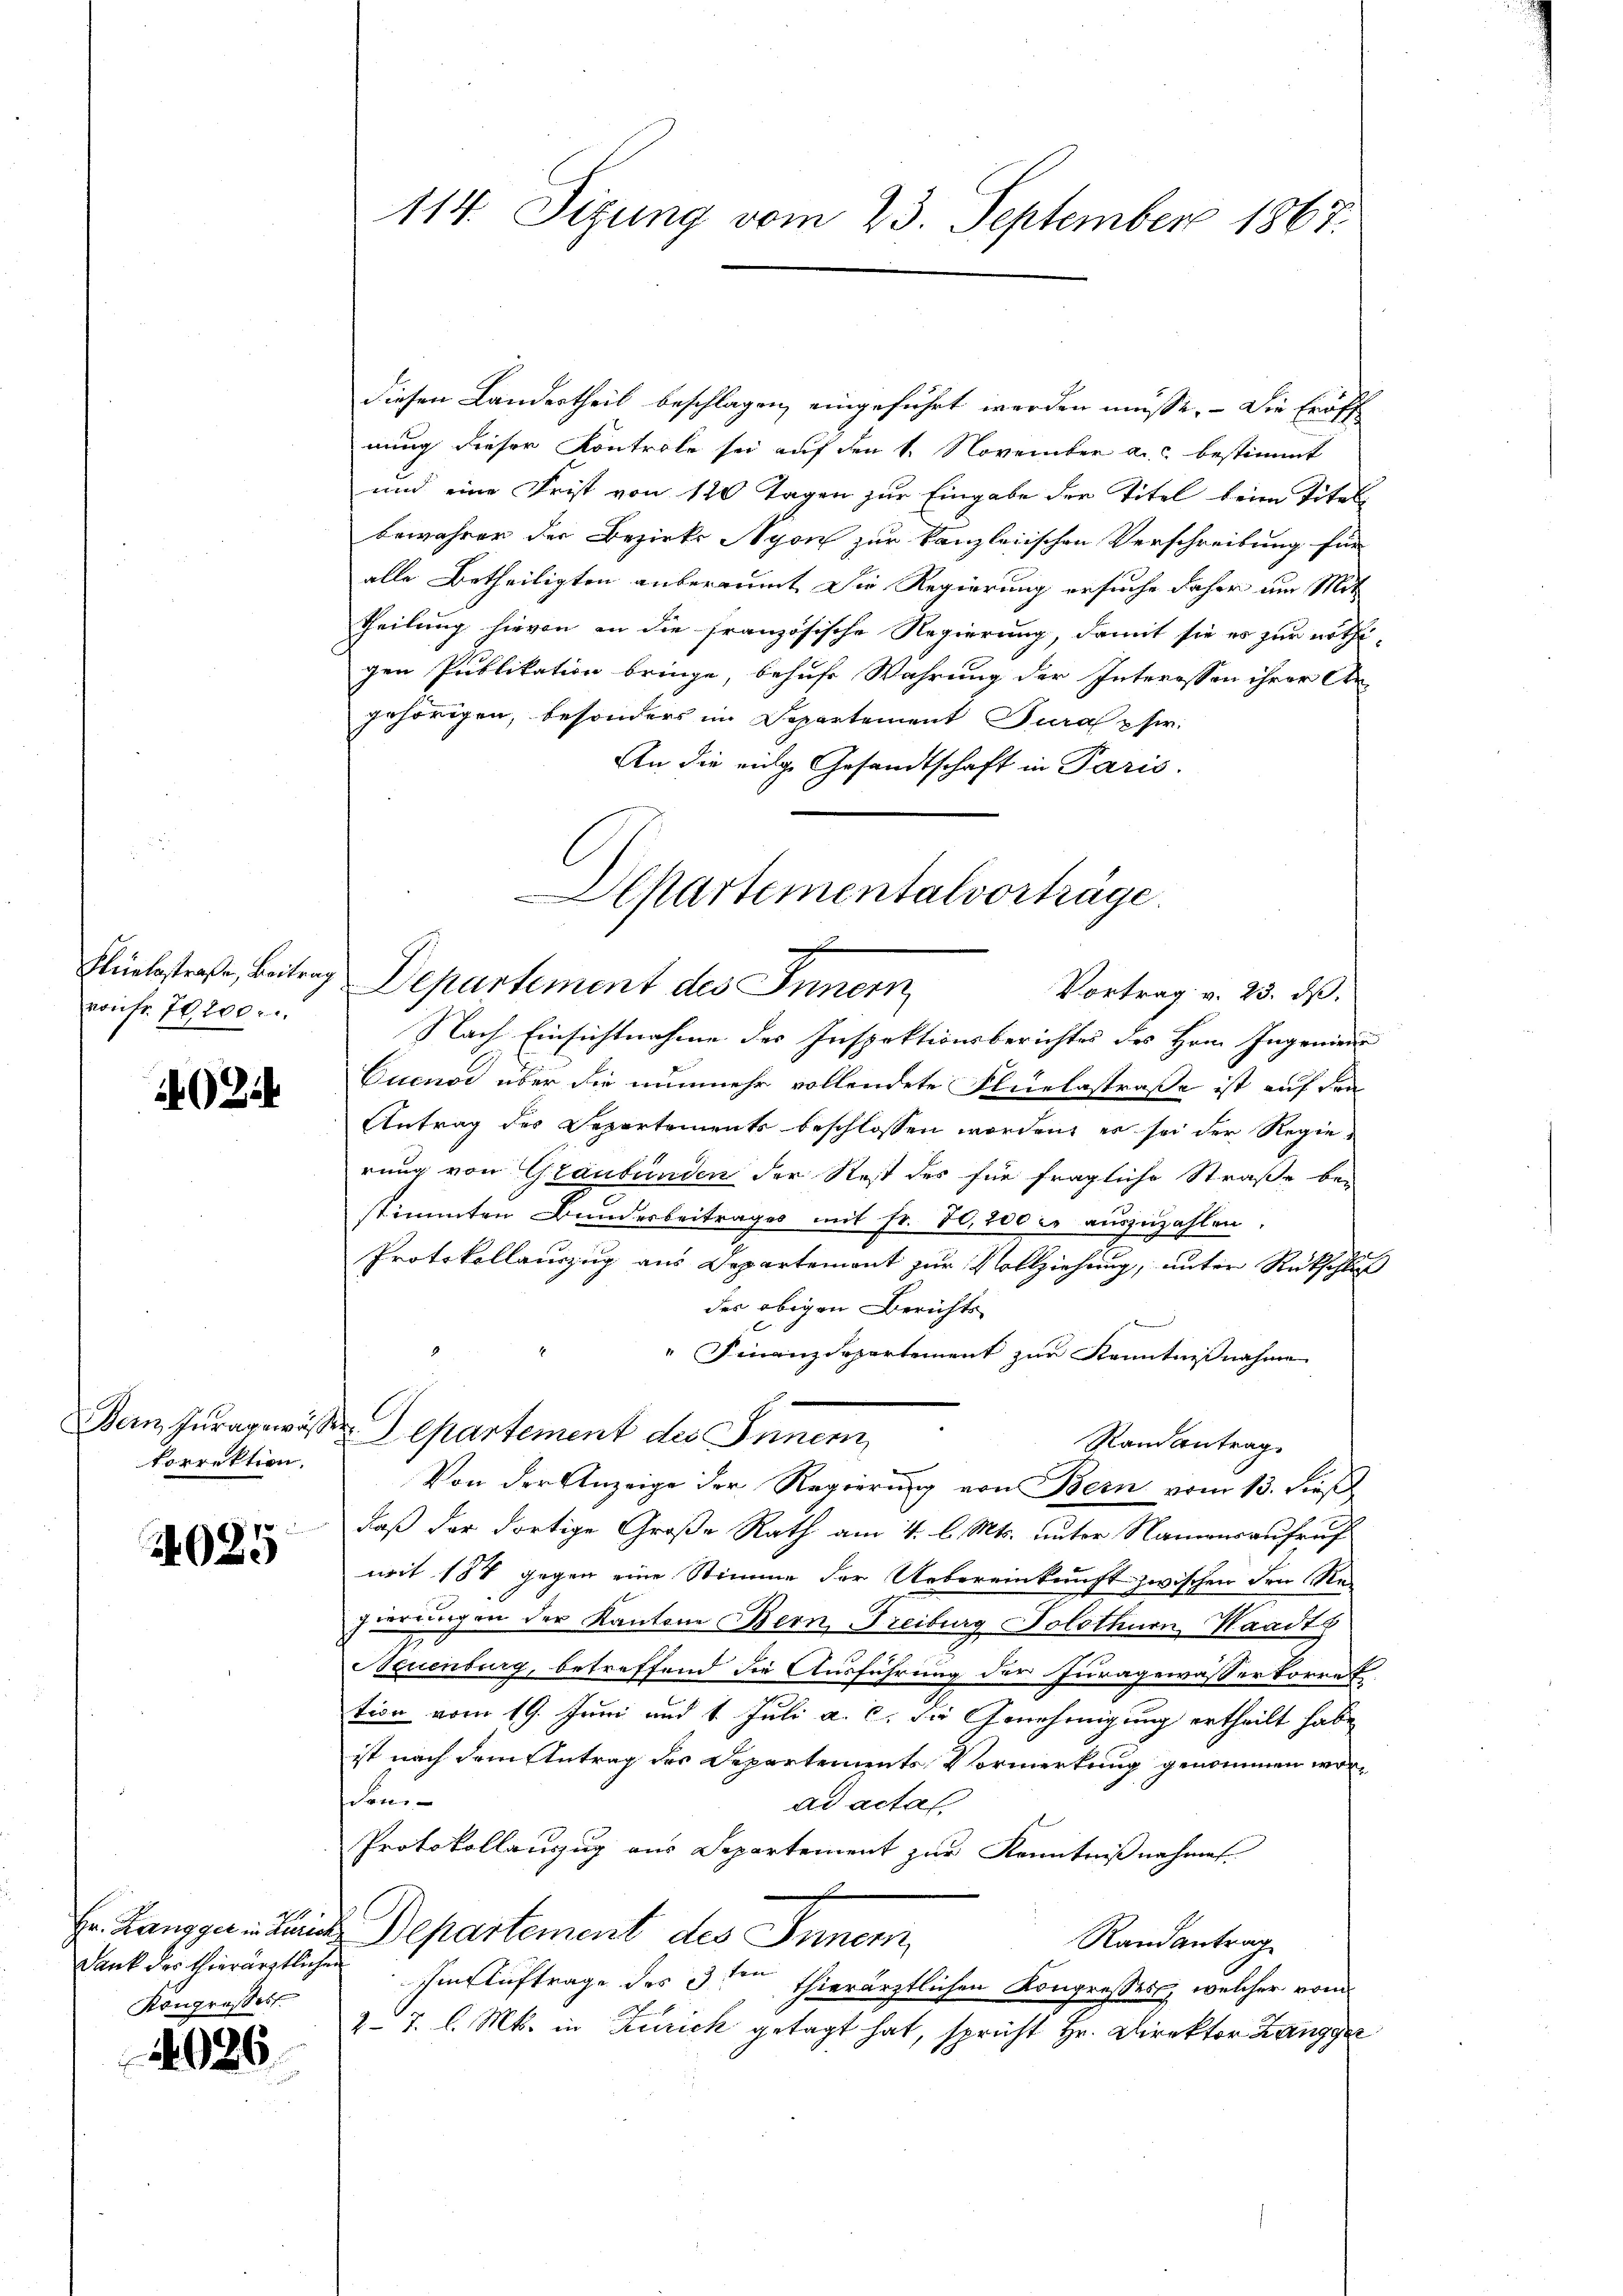
von Fr. 70200.

A Zi

korrektion.

4025

Dank das thierärztlichen
Kongressess

4026

diesen Landertheil beschlagen, eingeführt werden müsse. — Die Eröff
nung dieser Kontrole sei auf den 1. November a.c. bestimmt
und eine Frist von 120 Tagen zur Eingabe der Titel beim Titel
bewahrer der Bezirks Agon zur kanzleiischen Verschreibung für
alle Betheiligten anberaumt die Regierung ersuche daher um Mit
Theilung hievon in die französische Regierung, damit sie es zur nöthigen Publikation bringe, behufe Wahrung der Interessen ihrer An-
gehörigen, besonders im Departement Jura per
An die eige Gesandtschaft in Paris.
Nach Einsichtnahme des Inspektionsberichtes des Hrn. Ingenieur
Cuenor über die nunmehr vollendete Fluelastraße ist auf den
Antrag des Departements beschlossen worden, es sei der Regierung von Graubünden der Rest des für fragliche Straße be-
stimmten Bundesbeitrages mit Fr. 80,200 l. auszuzahlen.
Protokollauszug aus Departement zur Vollziehung, unter Rückschluß
des obigen Berichts
" Finanzdepartement zur Kenntnißnahme
Bern Zuragewässe Departement des Innen
Randantrag
Von der Anzeige der Regierung von Bern vom 13. dieß
daß der dortige Große Rath am 4. l. Mts. unter Namensaufruf
mit 184 gegen eine Stimme der Uebereinkunft zwischen den Re-
gierungen der Kantone Bern, Freiburg Solothurn, Waadt
Neuenburg, betreffend die Ausführung der Juragewässerkorret
tion vom 19. Juni und 1. Juli a. c. die Genehmigung ertheilt habe
ist nach dem Antrag des Departements Vormerkung genommen wor¬
Som
ad actal
Protokollanzug aus Separtement zur Kenntniß nehmen.
c
Hr. Zangger in die Departement des Innern,
Randantrag
Im Auftrage des 3ten thierärztlichen Kongresses, welcher vom
2 J. l. Mts. in Zürich getagt hat, spricht Hr. Direktor Zangger

114. Sizung vom 23. September 1867.

Departementalvorträge.
2
Fliebestraße, Beitrag Departement des Innern
Vortrag v. 23. ds.